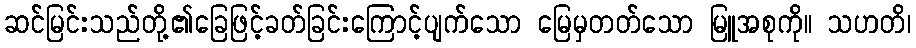
ဆင်မြင်းသည်တို့၏ခြေဖြင့်ခတ်ခြင်းကြောင့်ပျက်သော မြေမှတတ်သော မြူအစုကို။ သဟတိ၊